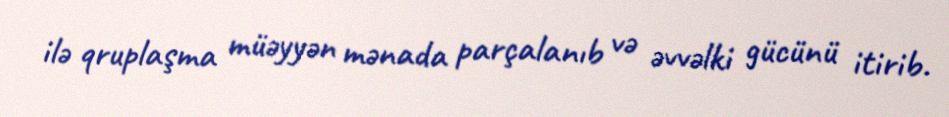
ilə qruplaşma müəyyən mənada parçalanıb və əvvəlki gücünü itirib.